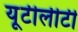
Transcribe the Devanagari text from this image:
यूटीलीटी